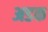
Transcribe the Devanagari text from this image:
अडक